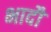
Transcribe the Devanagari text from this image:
भादौ